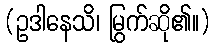
(ဥဒါနေသိ၊ မြွက်ဆို၏။)